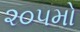
૨૦૫મો